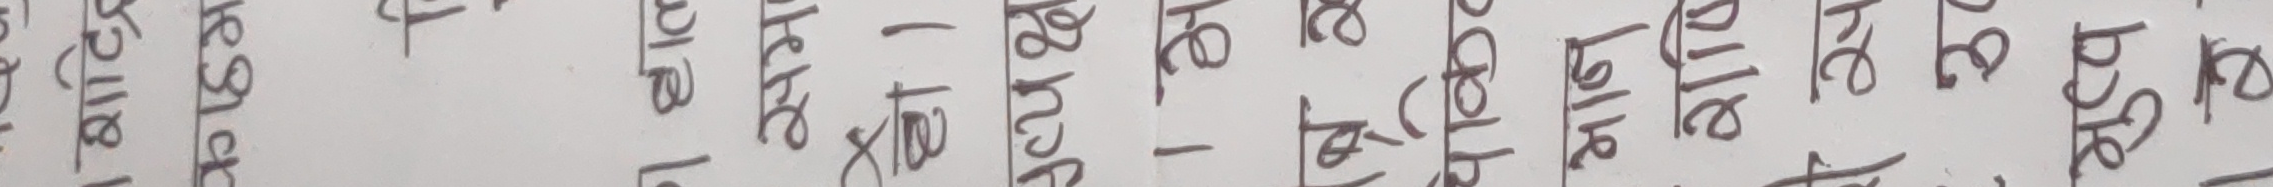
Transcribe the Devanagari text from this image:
बनाई पास्टिहरु छानेर
राखेर गोटुको भाले
टास्ने